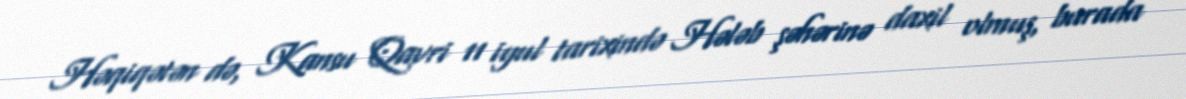
Həqiqətən də, Kansu Qavri 11 iyul tarixində Hələb şəhərinə daxil olmuş, burada